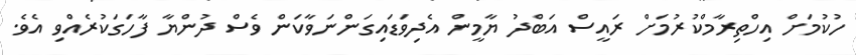
ހުކުމަށް އިހްތިރާމްކުރުމަށް ރައީސް އަބްދު ޔާމީން އެދިވަޑައިގަންނަވާކަން ވެސް ދުންޔާ ފާހަގަކުރެއްވި އެވެ.